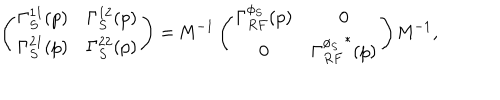
\left( \begin{matrix} { { \Gamma _ { S } ^ { 1 1 } ( p ) } } & { { \Gamma _ { S } ^ { 1 2 } ( p ) } } \\ { { \Gamma _ { S } ^ { 2 1 } ( p ) } } & { { \Gamma _ { S } ^ { 2 2 } ( p ) } } \\ \end{matrix} \right) = { \bf \sf M } ^ { - 1 } \left( \begin{matrix} { { \Gamma _ { R F } ^ { \phi _ { S } } ( p ) } } & { { 0 } } \\ { { 0 } } & { { { \Gamma _ { R F } ^ { \phi _ { S } } } ^ { * } ( p ) } } \\ \end{matrix} \right) { \bf \sf M } ^ { - 1 } ,